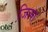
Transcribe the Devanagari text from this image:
जि़ला